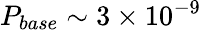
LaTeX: P_{base}\sim 3\times 10^{-9}